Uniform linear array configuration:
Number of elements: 16
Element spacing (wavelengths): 1
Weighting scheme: hann
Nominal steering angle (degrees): -60
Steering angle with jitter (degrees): -58.015
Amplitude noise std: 0.05
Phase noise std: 0.05

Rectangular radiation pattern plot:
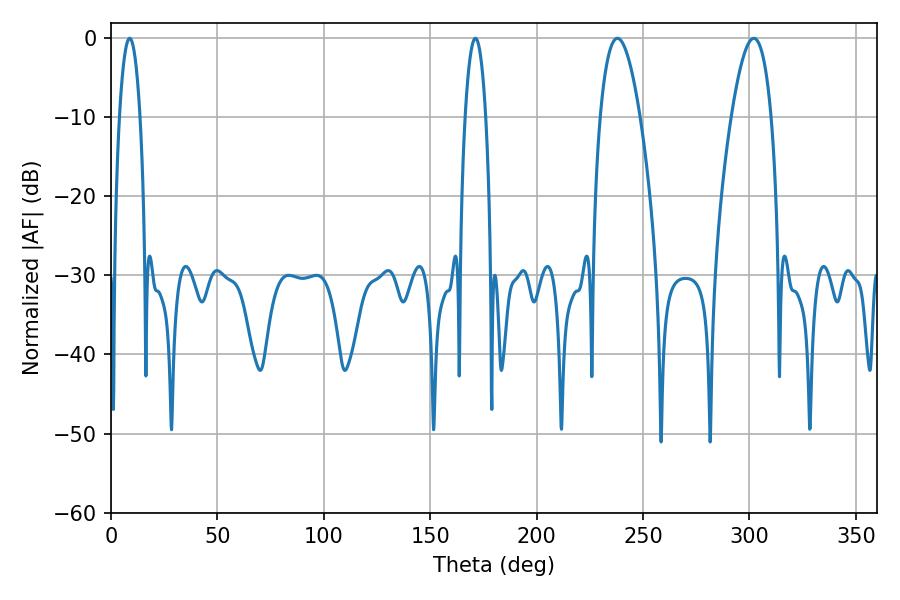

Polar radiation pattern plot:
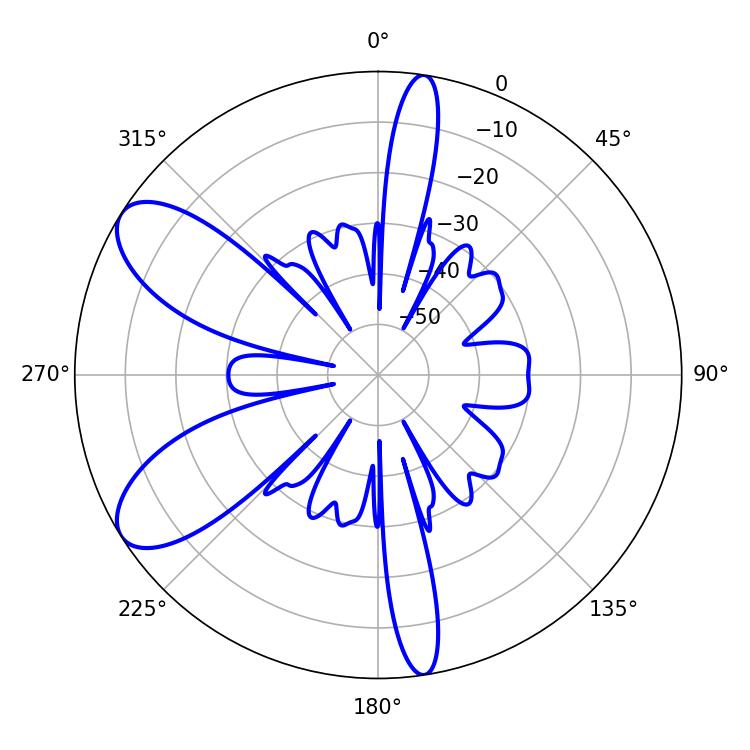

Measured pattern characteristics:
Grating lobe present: TRUE
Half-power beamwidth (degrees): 10.26
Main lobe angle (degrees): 302.04